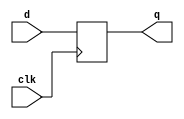
`timescale 1ns / 1ps
//////////////////////////////////////////////////////////////////////////////////
// Company: 
// Engineer: 
// 
// Design Name: 
// Module Name: dff
// Project Name: 
// Target Devices: 
// Tool Versions: 
// Description: 
// 
// Dependencies: 
// 
// Revision:
// Revision 0.01 - File Created
// Additional Comments:
// 
//////////////////////////////////////////////////////////////////////////////////


module dff(d,clk,q);
    input d,clk;
    output reg q;

    always @ (posedge clk)
    begin
        q <= d;
    end
endmodule